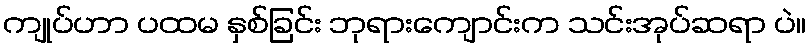
ကျုပ်ဟာ ပထမ နှစ်ခြင်း ဘုရားကျောင်းက သင်းအုပ်ဆရာ ပဲ။